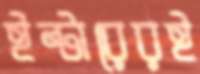
ইন্টারেরই